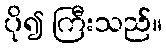
ပို၍ ကြီးသည်။